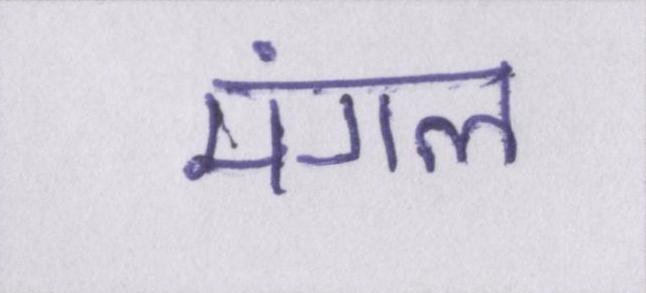
मंगल